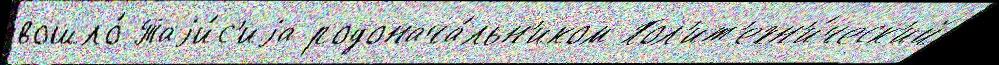
вошло́ Таjи́с'иjа родонача́льн'иком Пол'ит'ехн'и́ческ'ий